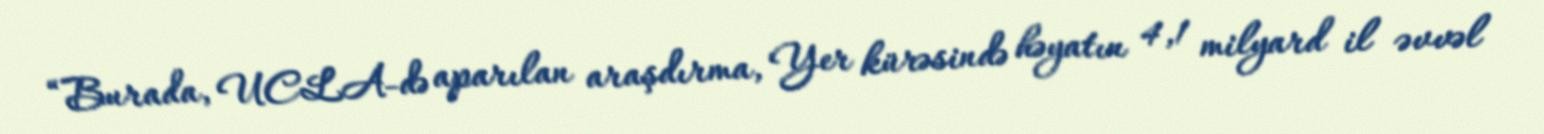
“Burada, UCLA-də aparılan araşdırma, Yer kürəsində həyatın 4,1 milyard il əvvəl